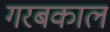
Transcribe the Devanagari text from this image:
गरबकाल